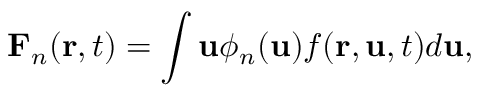
\mathbf { F } _ { n } ( \mathbf { r } , t ) = \int \mathbf { u } \phi _ { n } ( \mathbf { u } ) f ( \mathbf { r } , \mathbf { u } , t ) d \mathbf { u } ,